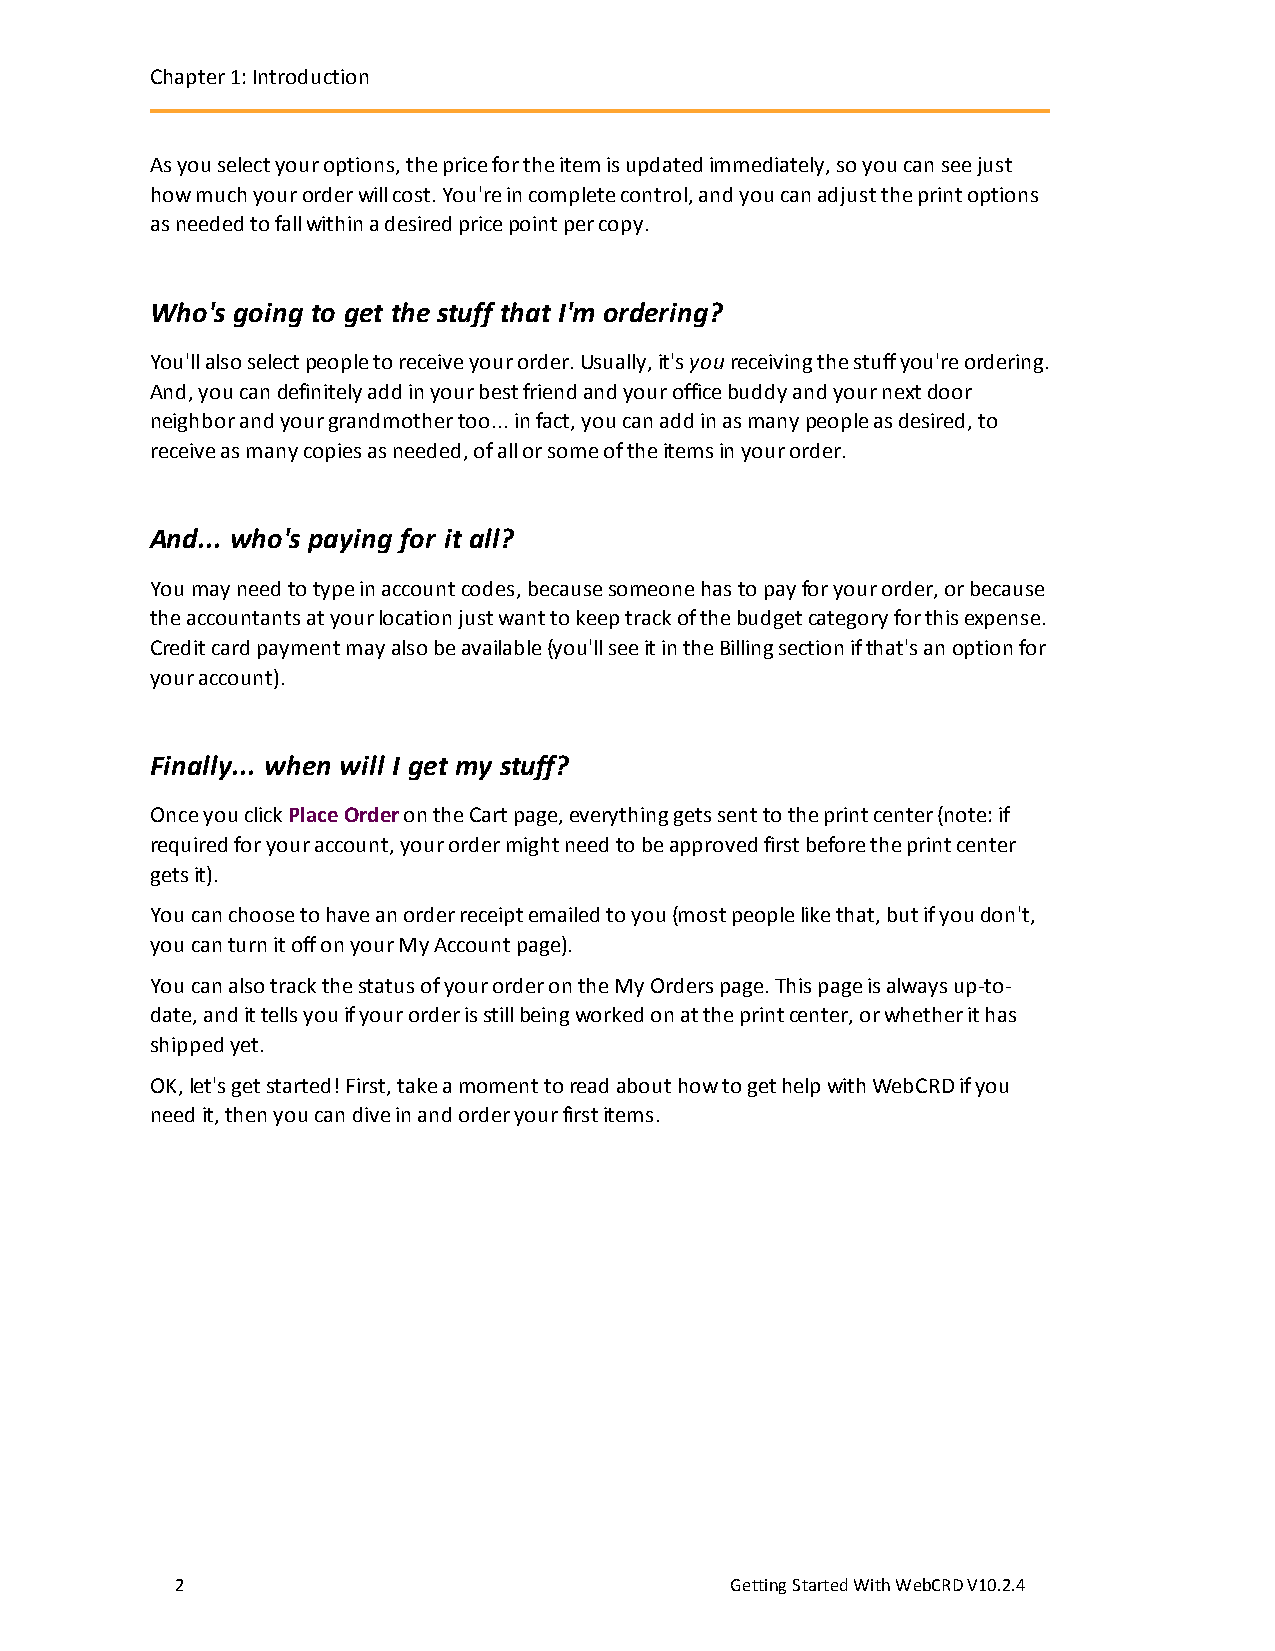
Chapter1:Introduction
 As you select your options, the price for the item is updated immediately, so you can see just
 how much your order will cost. You're in complete control, and you can adjust the print options
 as needed to fall within a desired price point per copy.
 Who's going to get the stuff that I'm ordering?
 You'll also select people to receive your order. Usually, it's you receiving the stuff you're ordering.
 And, you can definitely add in your best friend and your office buddy and your next door
 neighbor and your grandmother too... in fact, you can add in as many people as desired, to
 receive as many copies as needed, of all or some of the items in your order.
 And... who's paying for it all?
 You may need to type in account codes, because someone has to pay for your order, or because
 the accountants at your location just want to keep track of the budget category for this expense.
 Credit card payment may also be available (you'll see it in the Billing section if that's an option for
 your account).
 Finally... when will I get my stuff?
 Once you click Place Order on the Cart page, everything gets sent to the print center (note: if
 required for your account, your order might need to be approved first before the print center
 gets it).
 You can choose to have an order receipt emailed to you (most people like that, but if you don't,
 you can turn it off on your My Account page).
 You can also track the status of your order on the My Orders page. This page is always up-to-
 date, and it tells you if your order is still being worked on at the print center, or whether it has
 shipped yet.
 OK, let's get started! First, take a moment to read about how to get help with WebCRD if you
 need it, then you can dive in and order your first items.
 2                                   GettingStartedWithWebCRDV10.2.4